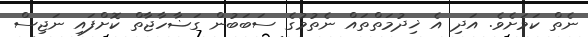
ނެތް ކަމަށެވެ. އަދި އެ ޚިދުމަތްތައް ނެތުމުގެ ސަބަބުން ގަޟާހާޖާތް ކޮށްފައި ނަޖިސް